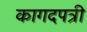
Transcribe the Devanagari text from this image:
कागदपत्री